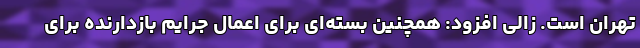
تهران است. زالی افزود: همچنین بسته‌ای برای اعمال جرایم بازدارنده برای